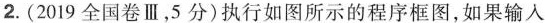
2.(2019全国卷Ⅲ，5分)执行如图所示的程序框图，如果输入